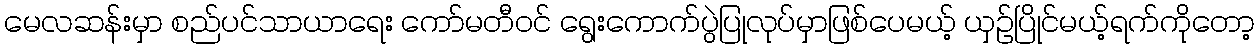
မေလဆန်းမှာ စည်ပင်သာယာရေး ကော်မတီဝင် ရွေးကောက်ပွဲပြုလုပ်မှာဖြစ်ပေမယ့် ယှဉ်ပြိုင်မယ့်ရက်ကိုတော့